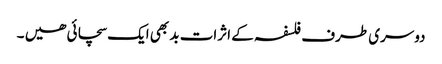
دوسری طرف فلسفہ کے اثرات بد بھی ایک سچائی ھیں ۔